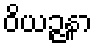
ဝိယဉ္ဇနာ